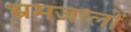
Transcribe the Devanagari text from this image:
भ्रमजालों